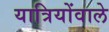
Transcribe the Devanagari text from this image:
यात्रियोंवाले